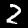
Label: 2